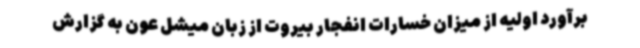
برآورد اولیه از میزان خسارات انفجار بیروت از زبان میشل عون به گزارش